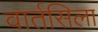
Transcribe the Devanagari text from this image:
वार्तसिला